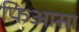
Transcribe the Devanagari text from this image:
फिआसा